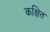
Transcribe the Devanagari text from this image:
कक्षित